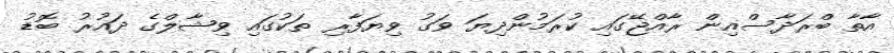
އާތާ ބްރަދާސްއިން ރާއްޖޭގައި ކުރަމުންދިޔަ ވަގު ވިޔަފާރި ތަކުގައި ވިޝާލްގެ ދައުރު ބޮޑު